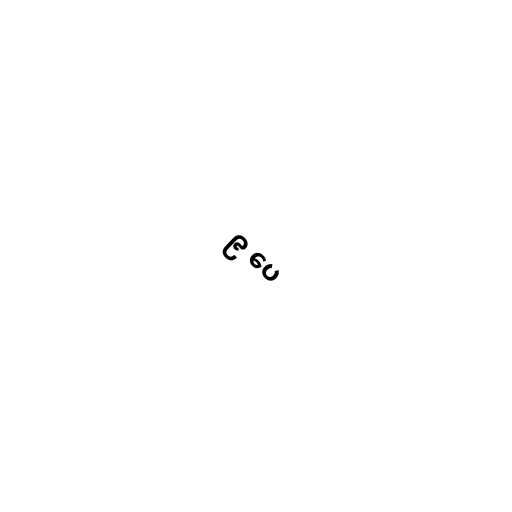
၉ ပေ